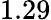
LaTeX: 1.29